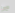
بي